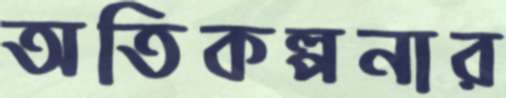
অতিকল্পনার